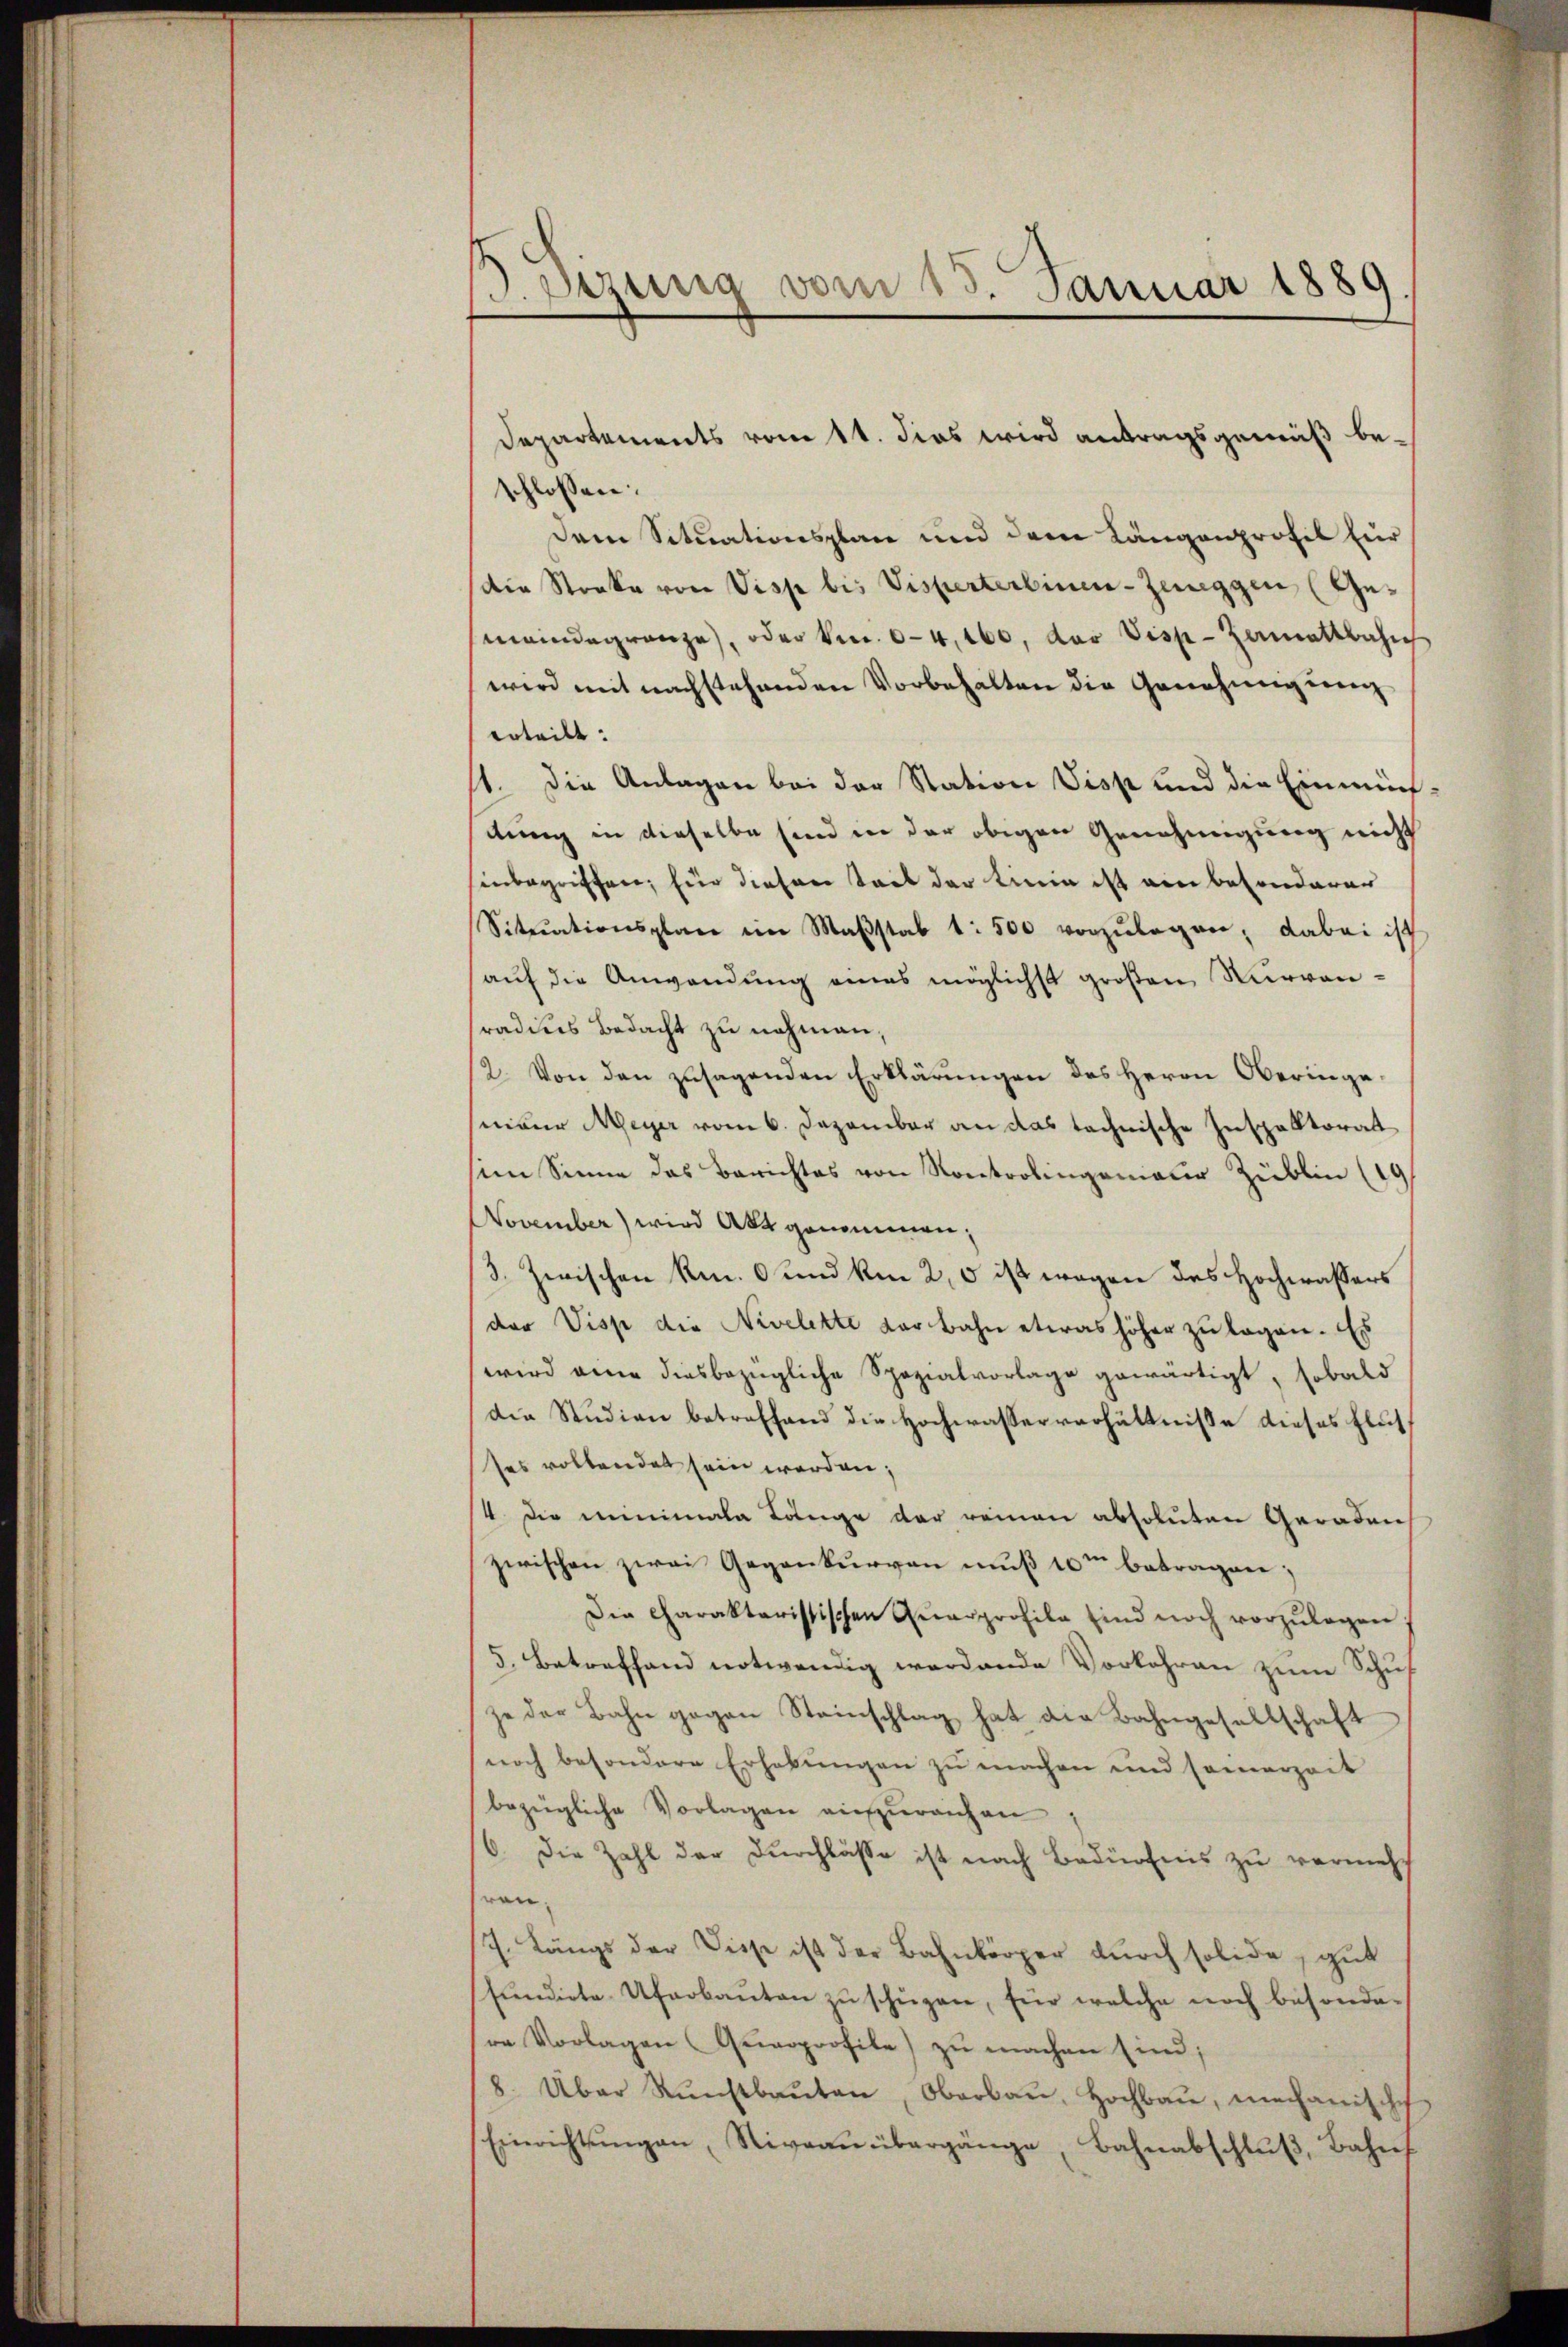
J.Stzung vom 15. Januar 1889.

Departements vom 11. dies wird antragsgemäß beschlossen:
Dem Situationsplan und dem Längenprofil für
Die Streke von Visp bis Visperterlinen-Zinggen (Gemeindegränze, oder Ven. 64, 160, das Visp-Zamattbahn
wird mit nachstehenden Vorbehalten die Genehmigung
erteilt:
st. Die Anlagen bei der Station Visp und die Einmün-
dung in dieselbe sind in der obigen Genehmigung nicht
inbegriffen, für diesen Seit der Linie ist ein besonderer
Sitŭationsplane im Maβstab 1: 500 vorzŭlegen; dabei ist
auf die Anwendung eines möglichst großen Nurvenradius Bedacht zu nahmen.
12. Von den zusagenden Erklärungen des Herrn Oberingenieur Meyer vom 6. Dezember an das technische Inspektorat
sem Sinne das Berichtes von Kontrolingenieur Züblin (10
November) wird Akt genommen;
3. Zwischen Rm. 6 und km 2,0 ist wegen des Hochwassers
der Visp die Nivelette der bahn etwas höher zu legen. Es
wird eine diesbezügliche Spezialvorlage gewärtigt, sobald
die Studien betreffend die Hochwasserverhältnisse dieses Flutses vollendet sein werden;
/4. Die minimala Länge der reinen absoluten Geraden
zwischen zwei Gegenkurven muß 10m betragen;
Die Charakteristischen Quarprofile sind noch vorzŭlegen
5. Betreffend notwendig werdende Vorkehren zum Schus
ze der Bahn gegen Steinschlag hat die Bahngesellschaft
noch besondere Erhebŭngen zŭ machen und samerzeit
bezügliche Vorlagen aŭfzŭreichen;
6. Die Zahl der Durchlasse ist nach Bedürfnis zu vermehr
ron¬
/7. Längs der Disse ist der Bahnkörper durch solide, gut
Eŭndirte Uferbaŭten zŭ schüzen, für welche noch besonde-
re Vorlagen (Gewoprofile) zu machen sind;
8. Über Kŭnstbaŭten, Oberbaŭ, Hochbaŭ, mechanische
Einrichtŭngen, Niveau übergänge Bahnabschlŭβ, Bahnf